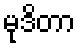
မုဒိတာ